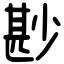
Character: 尠